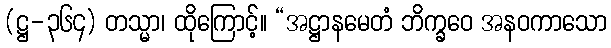
(ဋ္ဌ-၃၆၄) တသ္မာ၊ ထိုကြောင့်။ “အဋ္ဌာနမေတံ ဘိက္ခဝေ အနဝကာသော